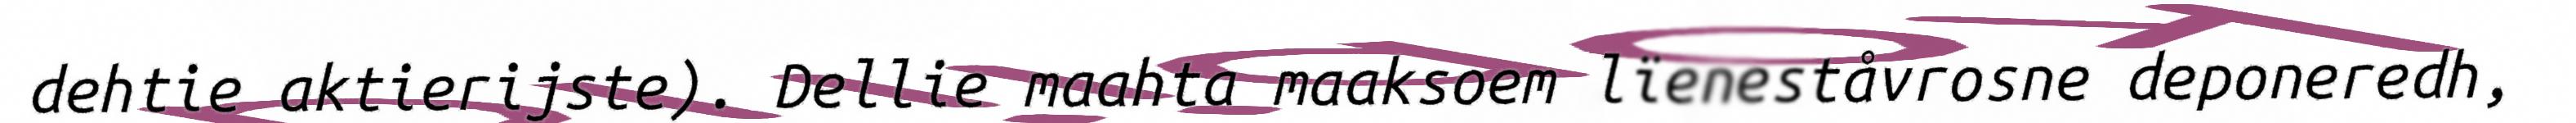
dehtie aktierijste). Dellie maahta maaksoem lïeneståvrosne deponeredh,